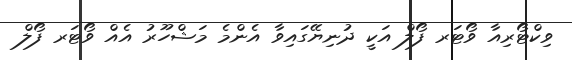
ވިކްޓޯރިއާ ވޯޓަރ ފޯލް އަކީ ދުނިޔޭގައިވާ އެންމެ މަޝްހޫރު އެއް ވޯޓަރ ފޯލް